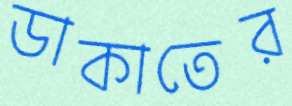
ডাকাতের